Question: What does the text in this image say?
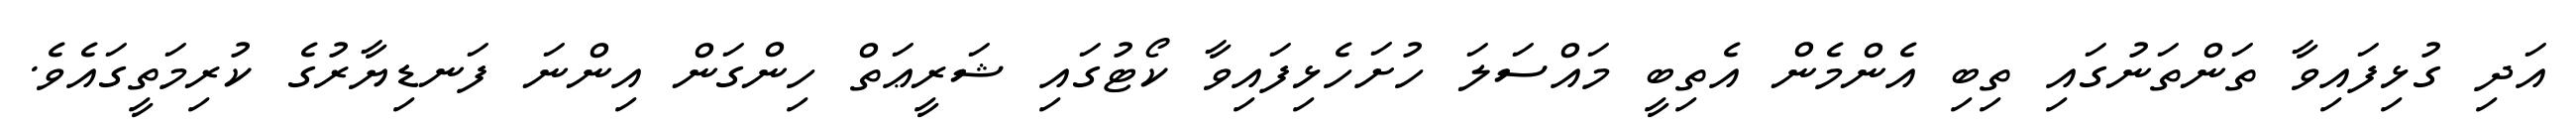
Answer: އަދި ގުޅިފައިވާ ތަންތަނުގައި ތިބި އެންމެން އެތިބީ މައްސަލަ ހުށަހެޅިފައިވާ ކޯޓުގައި ޝަރީޢަތް ހިންގަން އިންނަ ފަނޑިޔާރުގެ ކުރިމަތީގައެވެ.